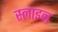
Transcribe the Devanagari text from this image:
स्लाइन